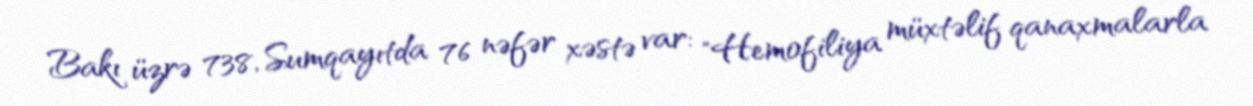
Bakı üzrə 738, Sumqayıtda 76 nəfər xəstə var: "Hemofiliya müxtəlif qanaxmalarla